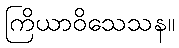
ကြိယာဝိသေသန။